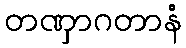
တဏှာဂတာနံ